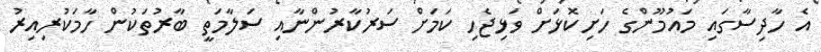
އެ ހާދިސާގައި މައުމޫންގެ ހަށިކޮޅަށް ވަޅިޖެހި ކަމަށް ސަރުކާރުންނާއި ސަލާމަތީ ބާރުތަކުން ހާމަކުރިއިރު